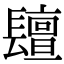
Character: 𨲵